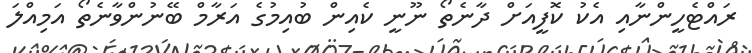
ރައްޓެހީންނާއި އެކު ކޮފީއަށް ދާނެތޯ ނޫނީ ކެއިން ބުއިމުގެ އަރާމް ބޭނުންވާނެތޯ އަމިއްލަ